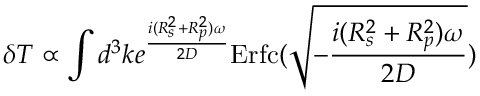
\delta T \propto \int d ^ { 3 } k e ^ { \frac { i ( R _ { s } ^ { 2 } + R _ { p } ^ { 2 } ) \omega } { 2 D } } \mathrm { E r f c } ( \sqrt { - \frac { i ( R _ { s } ^ { 2 } + R _ { p } ^ { 2 } ) \omega } { 2 D } } )